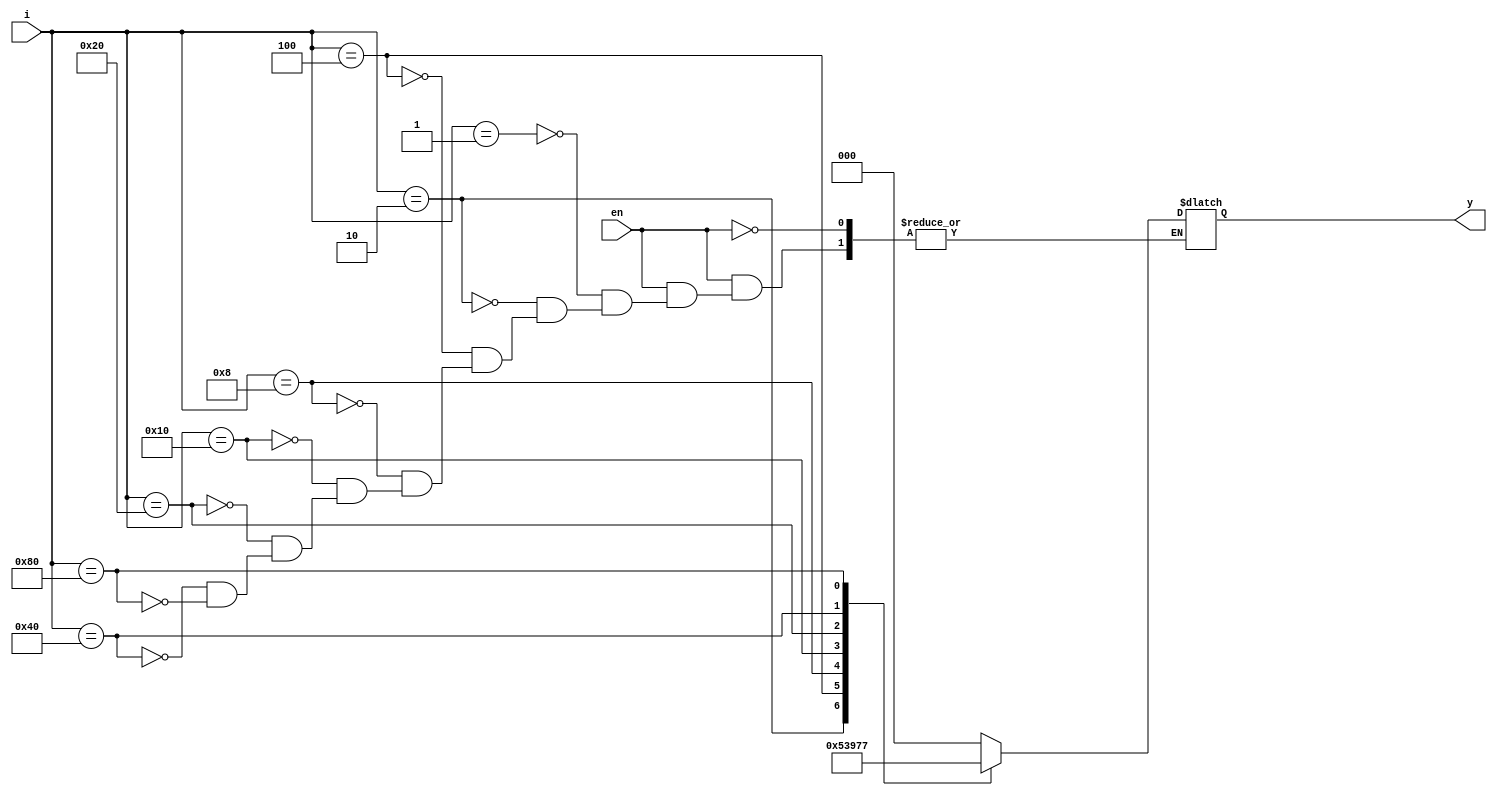
//***RTL CODE FOE 8*3 ENCODER***//

module encoder8_3(i,en,y);
	input[7:0]i;
	input en;
	output reg[2:0]y;
always@(i or en)
	begin
		if(en)
			case(i)
			8'b0000_0001 : y = 3'd0;
			8'b0000_0010 : y = 3'd1;
			8'b0000_0100 : y = 3'd2;
			8'b0000_1000 : y = 3'd3;
			8'b0001_0000 : y = 3'd4;
			8'b0010_0000 : y = 3'd5;
			8'b0100_0000 : y = 3'd6;
			8'b1000_0000 : y = 3'd7;
			endcase
	end
endmodule